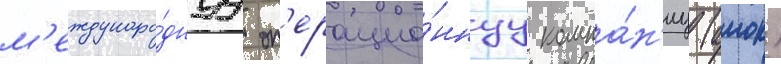
м'еждунаро́днуу оп'ерацио́ннуу компа́н'иу (амок)